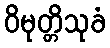
ဝိမုတ္တိသုခံ